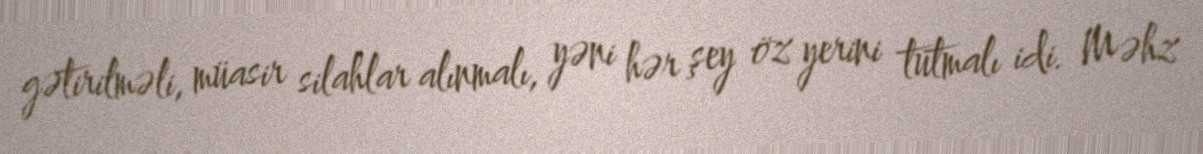
gətirilməli, müasir silahlar alınmalı, yəni hər şey öz yerini tutmalı idi. Məhz